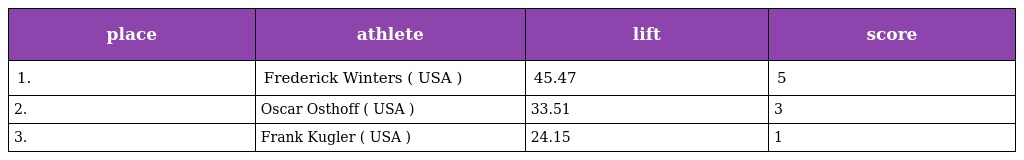
| place | athlete | lift | score |
 | --- | --- | --- | --- |
 | 1. | Frederick Winters ( USA ) | 45.47 | 5 |
 | 2. | Oscar Osthoff ( USA ) | 33.51 | 3 |
 | 3. | Frank Kugler ( USA ) | 24.15 | 1 |